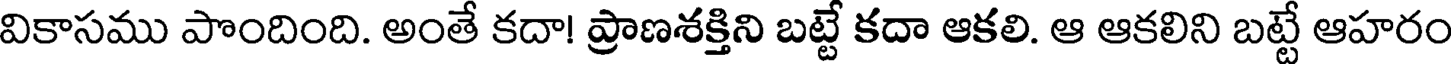
వికాసము పొందింది. అంతే కదా! ప్రాణశక్తిని బట్టే కదా ఆకలి. ఆ ఆకలిని బట్టే ఆహరం